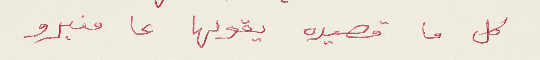
كل ما قصيده يقولها ما منبرو